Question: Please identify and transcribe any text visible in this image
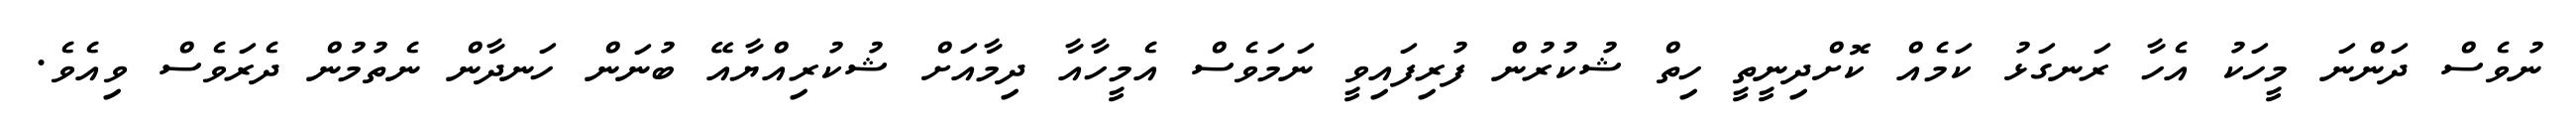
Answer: ނުވެސް ދަންނަ މީހަކު އެހާ ރަނގަޅު ކަމެއް ކޮށްދިނީތީ ހިތް ޝުކުރުން ފުރިފައިވީ ނަމަވެސް އެމީހާއާ ދިމާއަށް ޝުކުރިއްޔާއޭ ބުނަން ހަނދާން ނެތުމުން ދެރަވެސް ވިއެވެ.